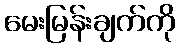
မေးမြန်းချက်ကို